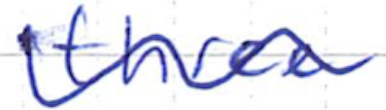
Text: three
Cross-out: wave
Writing tool: ballpoint